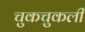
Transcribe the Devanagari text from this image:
चुकचुकली